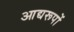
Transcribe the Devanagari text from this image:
आद्यरूपों